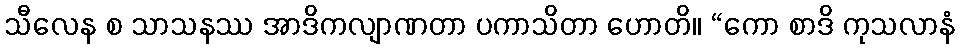
သီလေန စ သာသနဿ အာဒိကလျာဏတာ ပကာသိတာ ဟောတိ။ “ကော စာဒိ ကုသလာနံ